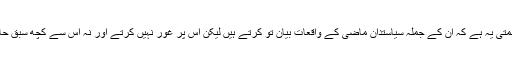
اس قوم کی بدقسمتی یہ ہے کہ ان کے جملہ سیاستدان ماضی کے واقعات بیان تو کرتے ہیں لیکن اس پر غور نہیں کرتے اور نہ اس سے کچھ سبق حاصل کرتے ہیں۔